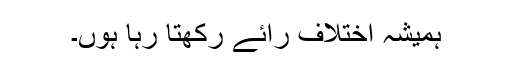
ہمیشہ اختلاف رائے رکھتا رہا ہوں۔